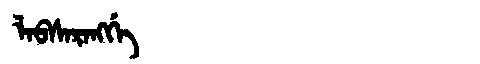
Manchu: ᠯᠠᠪᠰᠠᡵᠠᠩᡤᡝ
Romanization: LABSARANGGE